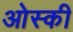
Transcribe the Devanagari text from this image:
ओस्की